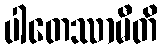
ပါတေဿာမီတိ